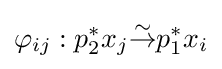
\varphi _{ij}:p_{2}^{*}x_{j}{\overset {\sim }{\to }}p_{1}^{*}x_{i}